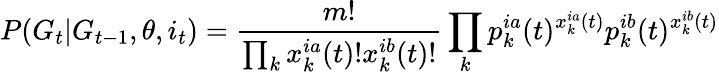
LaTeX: P(G_{t}|G_{t-1},\theta,i_{t})=\frac{m!}{\prod_{k}x_{k}^{ia}(t)!x_{k}^{ib}(t)!}\prod_{k}p_{k}^{ia}(t)^{x_{k}^{ia}(t)}p_{k}^{ib}(t)^{x_{k}^{ib}(t)}